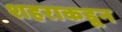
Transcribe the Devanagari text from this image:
शहराकडून